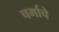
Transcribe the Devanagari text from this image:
चर्माचे